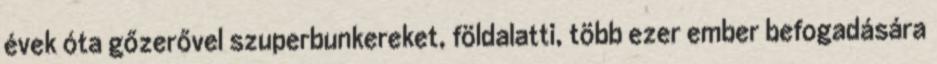
évek óta gőzerővel szuperbunkereket, földalatti, több ezer ember befogadására